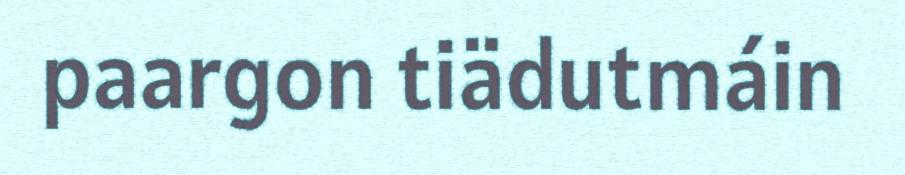
paargon tiädutmáin